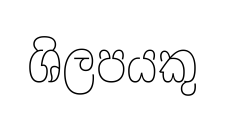
ශිලපයකු